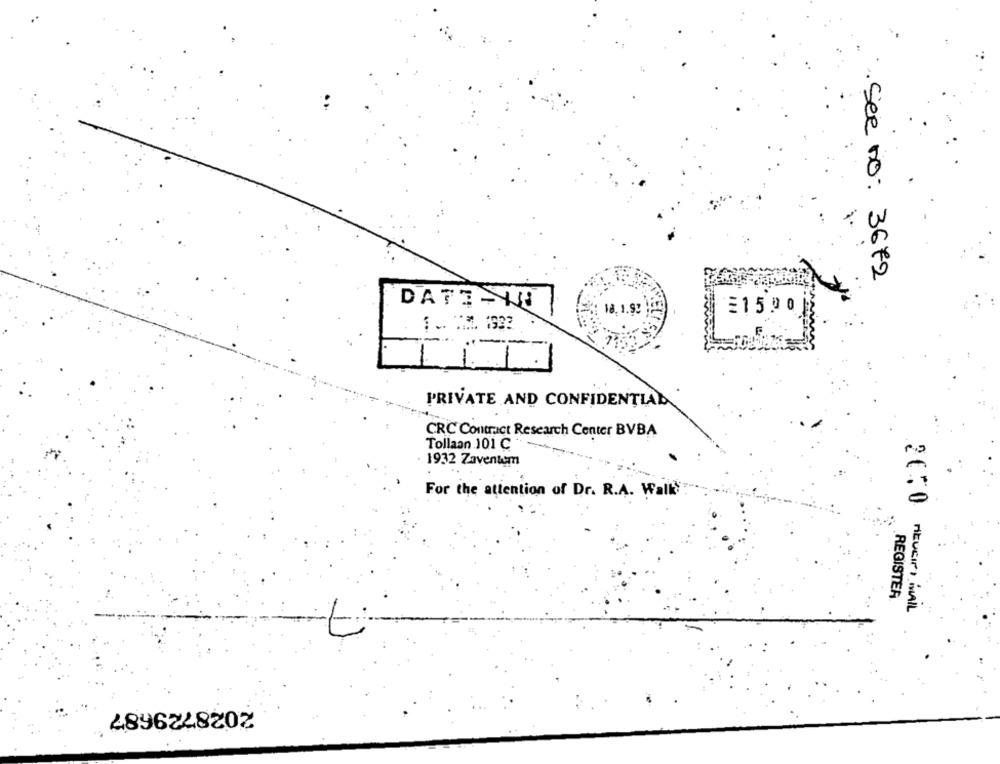
. See no: 3672
DATE - IN
18. 1.93
£1500
1. 7.2. 1922
-
1
1
PRIVATE AND CONFIDENTIAL
CRC Contract Research Center BVBA
Tollaan 101 C
· 1932 Zaventem
For the attention of Dr. R.A. Walk
REGISTER
RECEIPT MAIL
2028729687